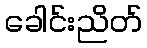
ခေါင်းညိတ်